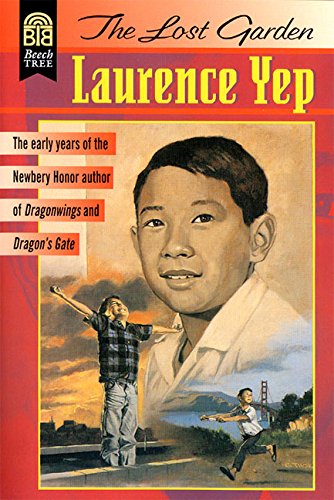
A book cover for The Lost Garden; Laurence Yep; Children's Books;